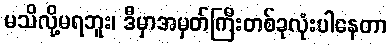
မသိလို့မရဘူး၊ ဒီမှာအမှတ်ကြီးတစ်ခုလုံးပါနေတာ